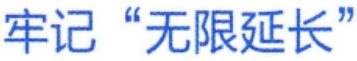
牢记 “无限延长”